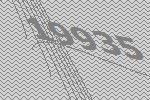
19935